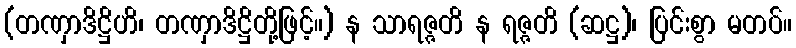
(တဏှာဒိဋ္ဌိဟိ၊ တဏှာဒိဋ္ဌိတို့ဖြင့်။) န သာရဇ္ဇတိ န ရဇ္ဇတိ (ဆဋ္ဌ)၊ ပြင်းစွာ မတပ်။